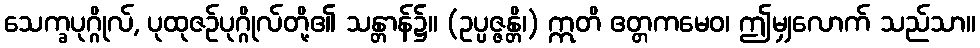
သေက္ခပုဂ္ဂိုလ်, ပုထုဇဉ်ပုဂ္ဂိုလ်တို့၏ သန္တာန်၌။ (ဥပ္ပဇ္ဇန္တိ၊) ဣတိ ဧတ္တကမေဝ၊ ဤမျှလောက် သည်သာ။